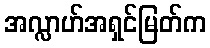
အလ္လာဟ်အရှင်မြတ်က